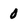
Character: 0